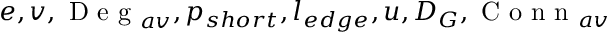
e , v , \textrm { D e g } _ { a v } , p _ { s h o r t } , l _ { e d g e } , u , D _ { G } , \textrm { C o n n } _ { a v }